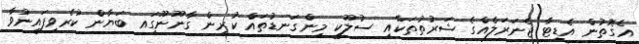
އެގޮތުން އެޑިޓާ ޖެނަރަލެއްގެ ޝަރުތުތަކާއި ސުލޫކީ މިންގަނޑުތައް ކުރިން ގާނޫނޫގަިއ ބަޔާން ކުރެވިފައިނުވާ